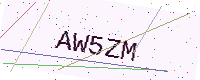
Text: AW5ZM